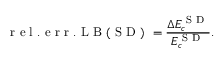
\mathrm { ~ r ~ e ~ l ~ . ~ e ~ r ~ r ~ . ~ L ~ B ~ ( ~ S ~ D ~ ) ~ } = \frac { \Delta E _ { c } ^ { \mathrm { ~ S ~ D ~ } } } { E _ { c } ^ { \mathrm { ~ S ~ D ~ } } } .